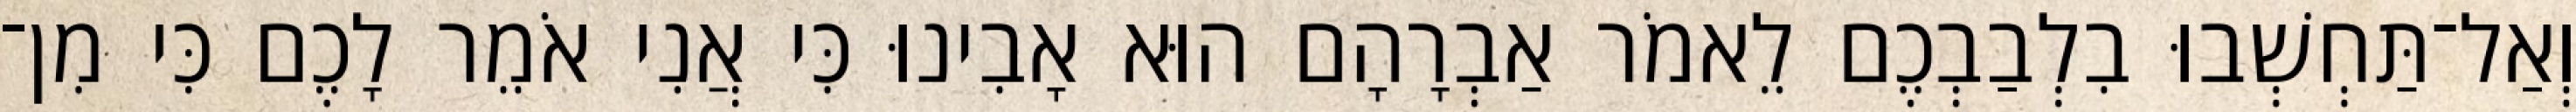
וְאַל־תַּחְשְׁבוּ בִלְבַבְכֶם לֵאמֹר אַבְרָהָם הוּא אָבִינוּ כִּי אֲנִי אֹמֵר לָכֶם כִּי מִן־